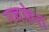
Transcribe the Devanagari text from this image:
पचफेरा